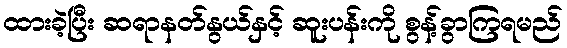
ထားခဲ့ပြီး ဆရာနတ်နွယ်နှင့် ဆူးပန်းကို စွန့်ခွာကြရမည်